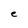
Character: e